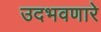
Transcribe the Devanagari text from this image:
उदभवणारे